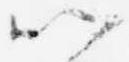
以